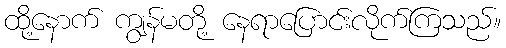
ထို့နောက် ကျွန်မတို့ နေရာပြောင်းလိုက်ကြသည်။